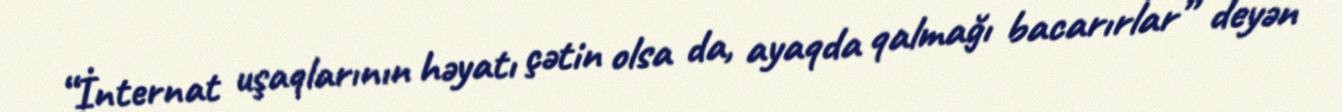
“İnternat uşaqlarının həyatı çətin olsa da, ayaqda qalmağı bacarırlar” deyən